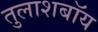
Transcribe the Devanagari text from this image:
तुलाशबॉय